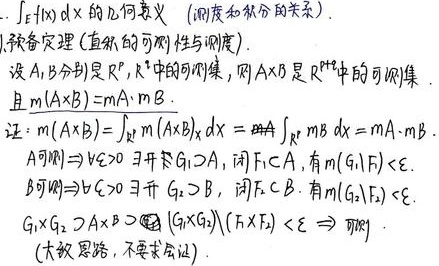
\(\cdots\int_{E} f(x)dx\)的几何意义（测度和积分的关系）。
1. 预备定理（直积的可测性与测度）。
设\(A\)，\(B\)分别是\(\mathbb{R}^{p}\)，\(\mathbb{R}^{q}\)中的可测集，则\(A\times B\)是\(\mathbb{R}^{p + q}\)中的可测集，且\(m(A\times B)=m A\cdot m B\)。
证：\(m(A\times B)=\int_{\mathbb{R}^{p}} m(A\times B)_{x} dx\) \(=\int_{\mathbb{R}^{p}} m B\  dx=m A\cdot m B\)。
\(A\)可测\(\Rightarrow \forall \varepsilon>0\)，\(\exists\)开集\(G_{1}\supset A\)，闭集\(F_{1}\subset A\)，有\(m(G_{1}\backslash F_{1})<\varepsilon\)。
\(B\)可测\(\Rightarrow \forall \varepsilon>0\)，\(\exists\)开集\(G_{2}\supset B\)，闭集\(F_{2}\subset B\)，有\(m(G_{2}\backslash F_{2})<\varepsilon\)。
\(G_{1}\times G_{2}\supset A\times B\)且\((G_{1}\times G_{2})\backslash(F_{1}\times F_{2})<\varepsilon\Rightarrow\)可测。（大致思路，不要求会证）